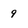
Character: 9